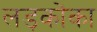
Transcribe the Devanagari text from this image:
लड़कोंका